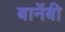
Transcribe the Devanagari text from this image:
बार्नेबी